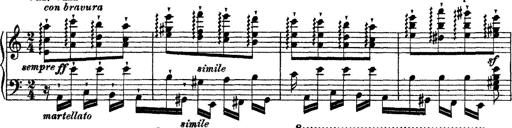
Title: Ã‰tudes d'exÃ©cution transcendante d'aprÃ¨s Paganini
Composer: Franz Liszt